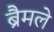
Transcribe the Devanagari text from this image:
ब्रैमले